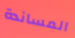
المساندة